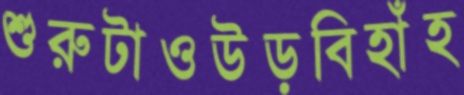
শুরুটাওউড়বিহাঁহ